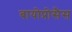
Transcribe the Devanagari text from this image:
बायोप्रोसैस